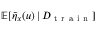
\mathbb { E } [ \Tilde { \eta } _ { x } ( u ) \, \vert \, D _ { \mathrm { ~ t ~ r ~ a ~ i ~ n ~ } } ]